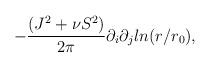
LaTeX: \begin{align*}- \frac{ (J^2 + \nu S^2) }{2 \pi}\partial_i \partial_j ln(r/r_0),\end{align*}